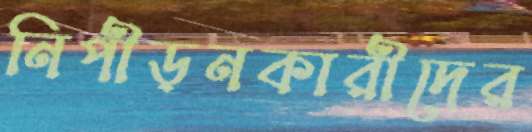
নিপীড়নকারীদের